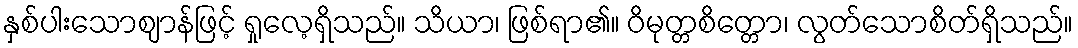
နှစ်ပါးသောဈာန်ဖြင့် ရှုလေ့ရှိသည်။ သိယာ၊ ဖြစ်ရာ၏။ ဝိမုတ္တစိတ္တော၊ လွတ်သောစိတ်ရှိသည်။